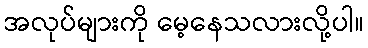
အလုပ်များကို မေ့နေသလားလို့ပါ။